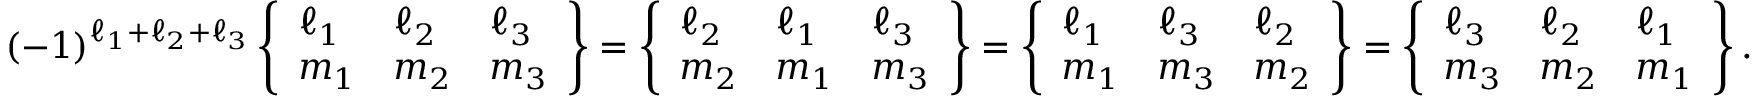
( - 1 ) ^ { \ell _ { 1 } + \ell _ { 2 } + \ell _ { 3 } } \left\{ \begin{array} { l l l } { \ell _ { 1 } } & { \ell _ { 2 } } & { \ell _ { 3 } } \\ { m _ { 1 } } & { m _ { 2 } } & { m _ { 3 } } \end{array} \right\} = \left\{ \begin{array} { l l l } { \ell _ { 2 } } & { \ell _ { 1 } } & { \ell _ { 3 } } \\ { m _ { 2 } } & { m _ { 1 } } & { m _ { 3 } } \end{array} \right\} = \left\{ \begin{array} { l l l } { \ell _ { 1 } } & { \ell _ { 3 } } & { \ell _ { 2 } } \\ { m _ { 1 } } & { m _ { 3 } } & { m _ { 2 } } \end{array} \right\} = \left\{ \begin{array} { l l l } { \ell _ { 3 } } & { \ell _ { 2 } } & { \ell _ { 1 } } \\ { m _ { 3 } } & { m _ { 2 } } & { m _ { 1 } } \end{array} \right\} .